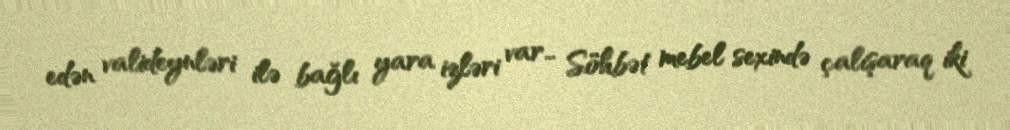
edən valideynləri ilə bağlı yara izləri var… Söhbət mebel sexində çalışaraq iki